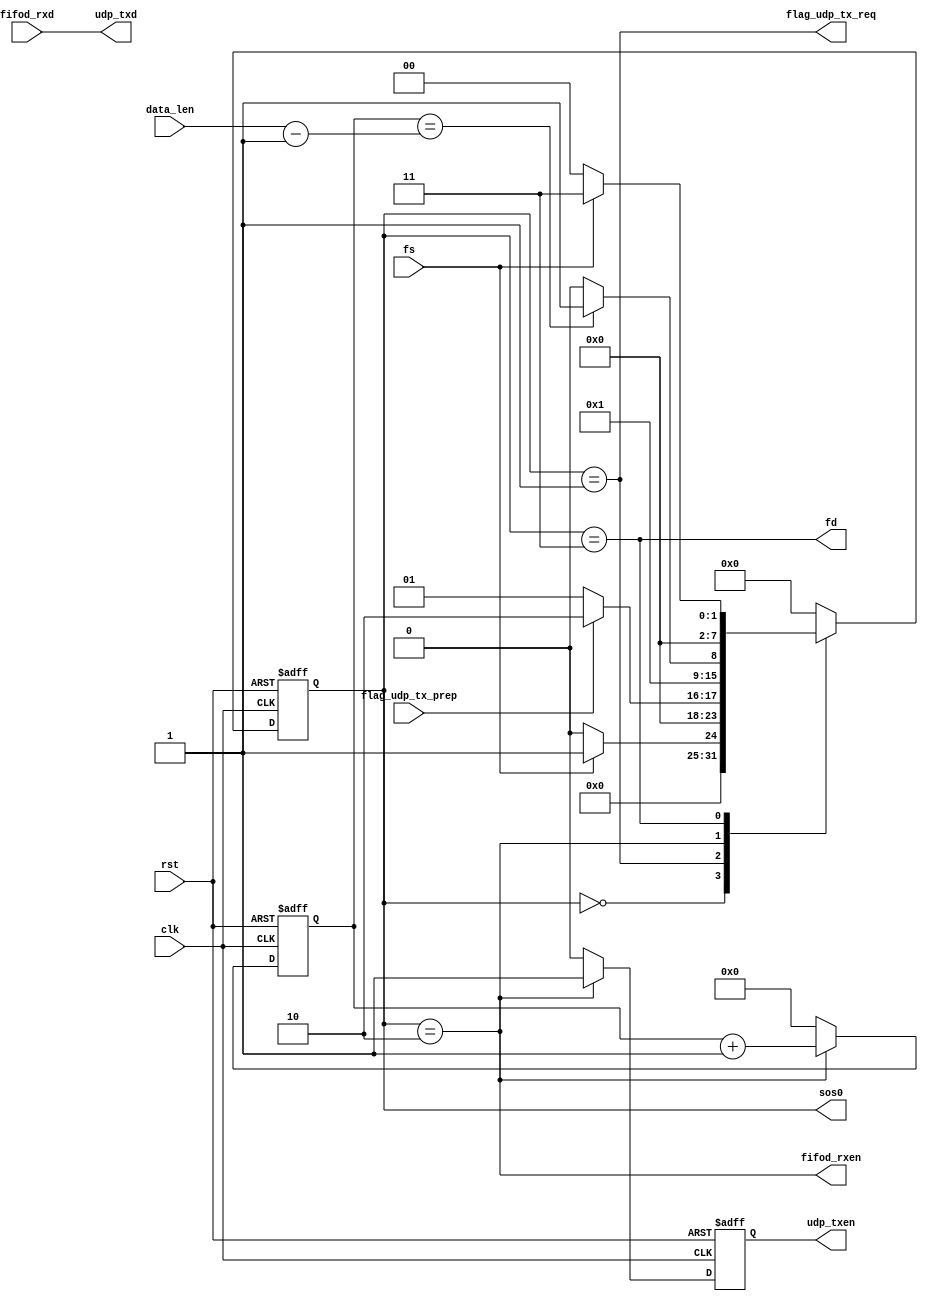
module fifod2mac(
    input clk,
    input rst,

    input fs,
    output fd,

    input [11:0] data_len,

    output fifod_rxen,
    input [7:0] fifod_rxd,
    output reg udp_txen,
    output [7:0] udp_txd,

    input flag_udp_tx_prep,
    output flag_udp_tx_req,
    
    output [7:0] sos0
);


    localparam IDLE = 8'h0, MAC_REQ = 8'h1, WORK = 8'h2, LAST = 8'h3;

    reg [11:0] tx_len;

    reg [7:0] state, next_state;

    assign flag_udp_tx_req = (state == MAC_REQ);
    assign fifod_rxen = (state == WORK);
    assign fd = (state == LAST);
    assign udp_txd = fifod_rxd;

    assign sos0 = state;


    always @(posedge clk or posedge rst) begin
        if(rst) state <= IDLE;
        else state <= next_state;
    end

    always @(*) begin
        case (state)
            IDLE: begin
                if(fs) next_state <= MAC_REQ;
                else next_state <= IDLE;
            end
            MAC_REQ: begin
                if(flag_udp_tx_prep) next_state <= WORK;
                else next_state <= MAC_REQ;
            end
            WORK: begin
                if(tx_len == data_len - 1'b1) next_state <= LAST;
                else next_state <= WORK;
            end
            LAST: begin
                if(~fs) next_state <= IDLE;
                else next_state <= LAST;
            end
            default: next_state <= IDLE;
        endcase
    end

    always @(posedge clk or posedge rst) begin
        if(rst) tx_len <= 12'h0;
        else if(state == WORK) tx_len <= tx_len + 1'b1;
        else tx_len <= 12'h0;
    end

    always @(posedge clk or posedge rst) begin
        if(rst) udp_txen <= 1'b0;
        else if(state == WORK) udp_txen <= 1'b1;
        else udp_txen <= 1'b0;
    end


endmodule